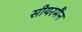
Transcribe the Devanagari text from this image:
सीयरमैन